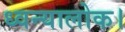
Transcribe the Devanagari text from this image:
ध्वन्यालोक।